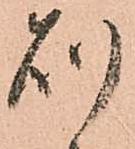
則